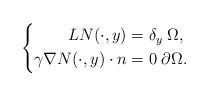
\begin{align*}\left\{\begin{aligned}L N(\cdot,y) &=\delta_y \;\Omega,\\\gamma \nabla N(\cdot,y)\cdot n &= 0 \;\partial\Omega.\end{aligned}\right.\end{align*}